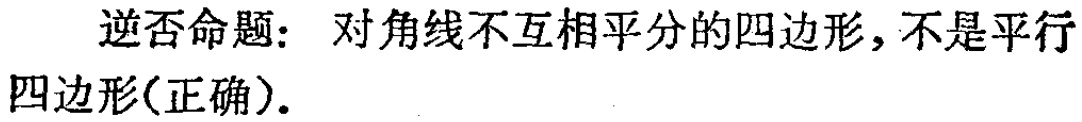
逆否命题：对角线不互相平分的四边形，不是平行四边形(正确)．